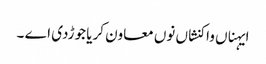
ایہناں واکنشاں نوں معاون کریا جوڑدی اے ۔